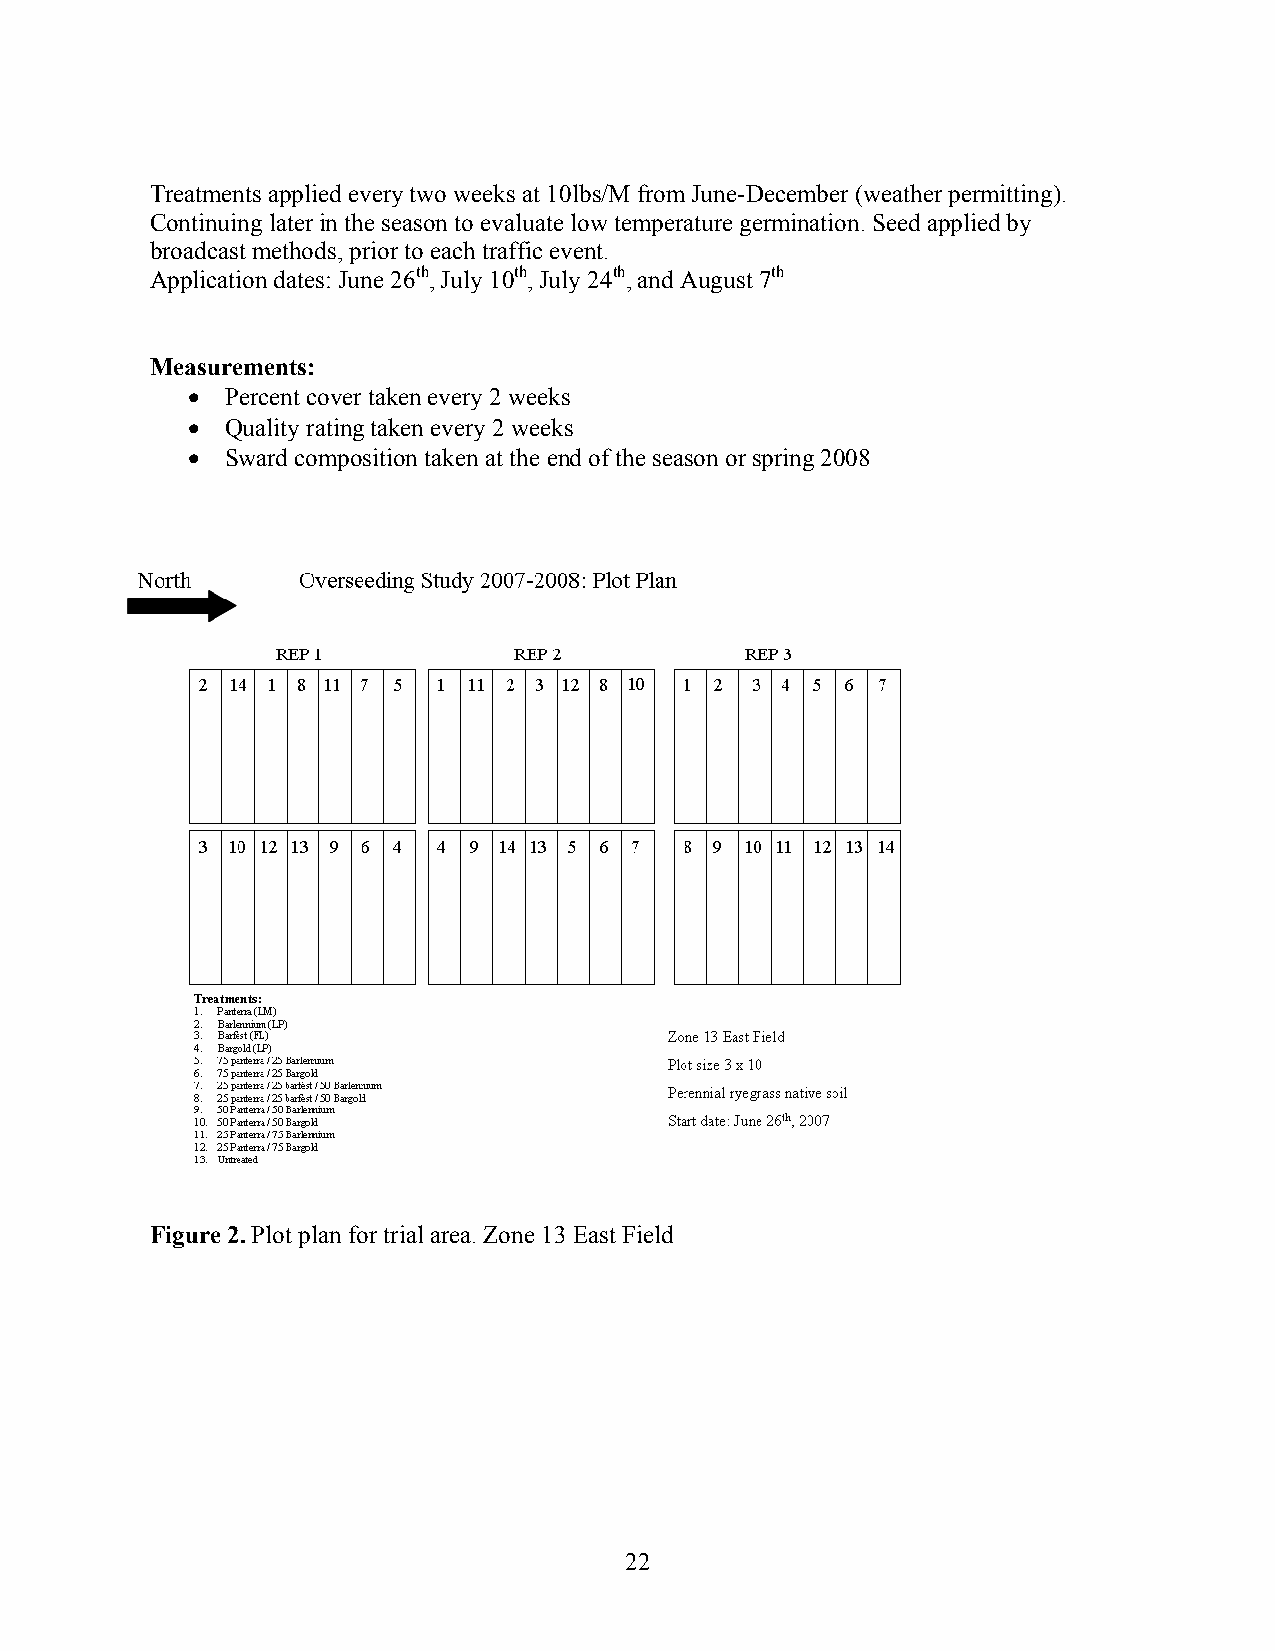
Treatments applied every two weeks at 10lbs/M from June-December (weather permitting).
 Continuing later in the season to evaluate low temperature germination. Seed applied by
 broadcast methods, prior to each traffic event.
 Application dates: June 26th, July 10th, July 24th, and August 7th
 Measurements:
 •  Percent cover taken every 2 weeks
 •  Quality rating taken every 2 weeks
 •  Sward composition taken at the end of the season or spring 2008
 Figure 2. Plot plan for trial area. Zone 13 East Field
 22